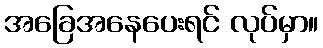
အခြေအနေပေးရင် လုပ်မှာ။